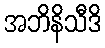
အဘိနိသီဒိ